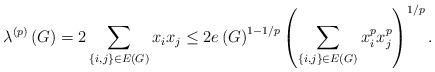
LaTeX: \begin{align*}\lambda^{\left( p\right) }\left( G\right) =2\sum_{\left\{ i,j\right\}\in E\left( G\right) }x_{i}x_{j}\leq2e\left( G\right) ^{1-1/p}\left(\sum_{\left\{ i,j\right\} \in E\left( G\right) }x_{i}^{p}x_{j}^{p}\right)^{1/p}. \end{align*}